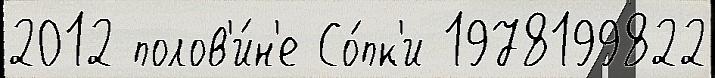
2012 полов'и́н'е Со́пк'и 1978199822